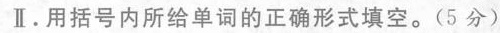
Ⅱ. 用括号内所给单词的正确形式填空。(5 分)